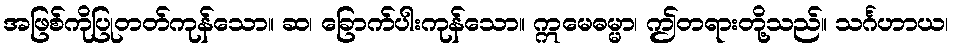
အဖြစ်ကိုပြုတတ်ကုန်သော။ ဆ၊ ခြောက်ပါးကုန်သော။ ဣမေဓမ္မာ၊ ဤတရားတို့သည်။ သင်္ဂဟာယ၊